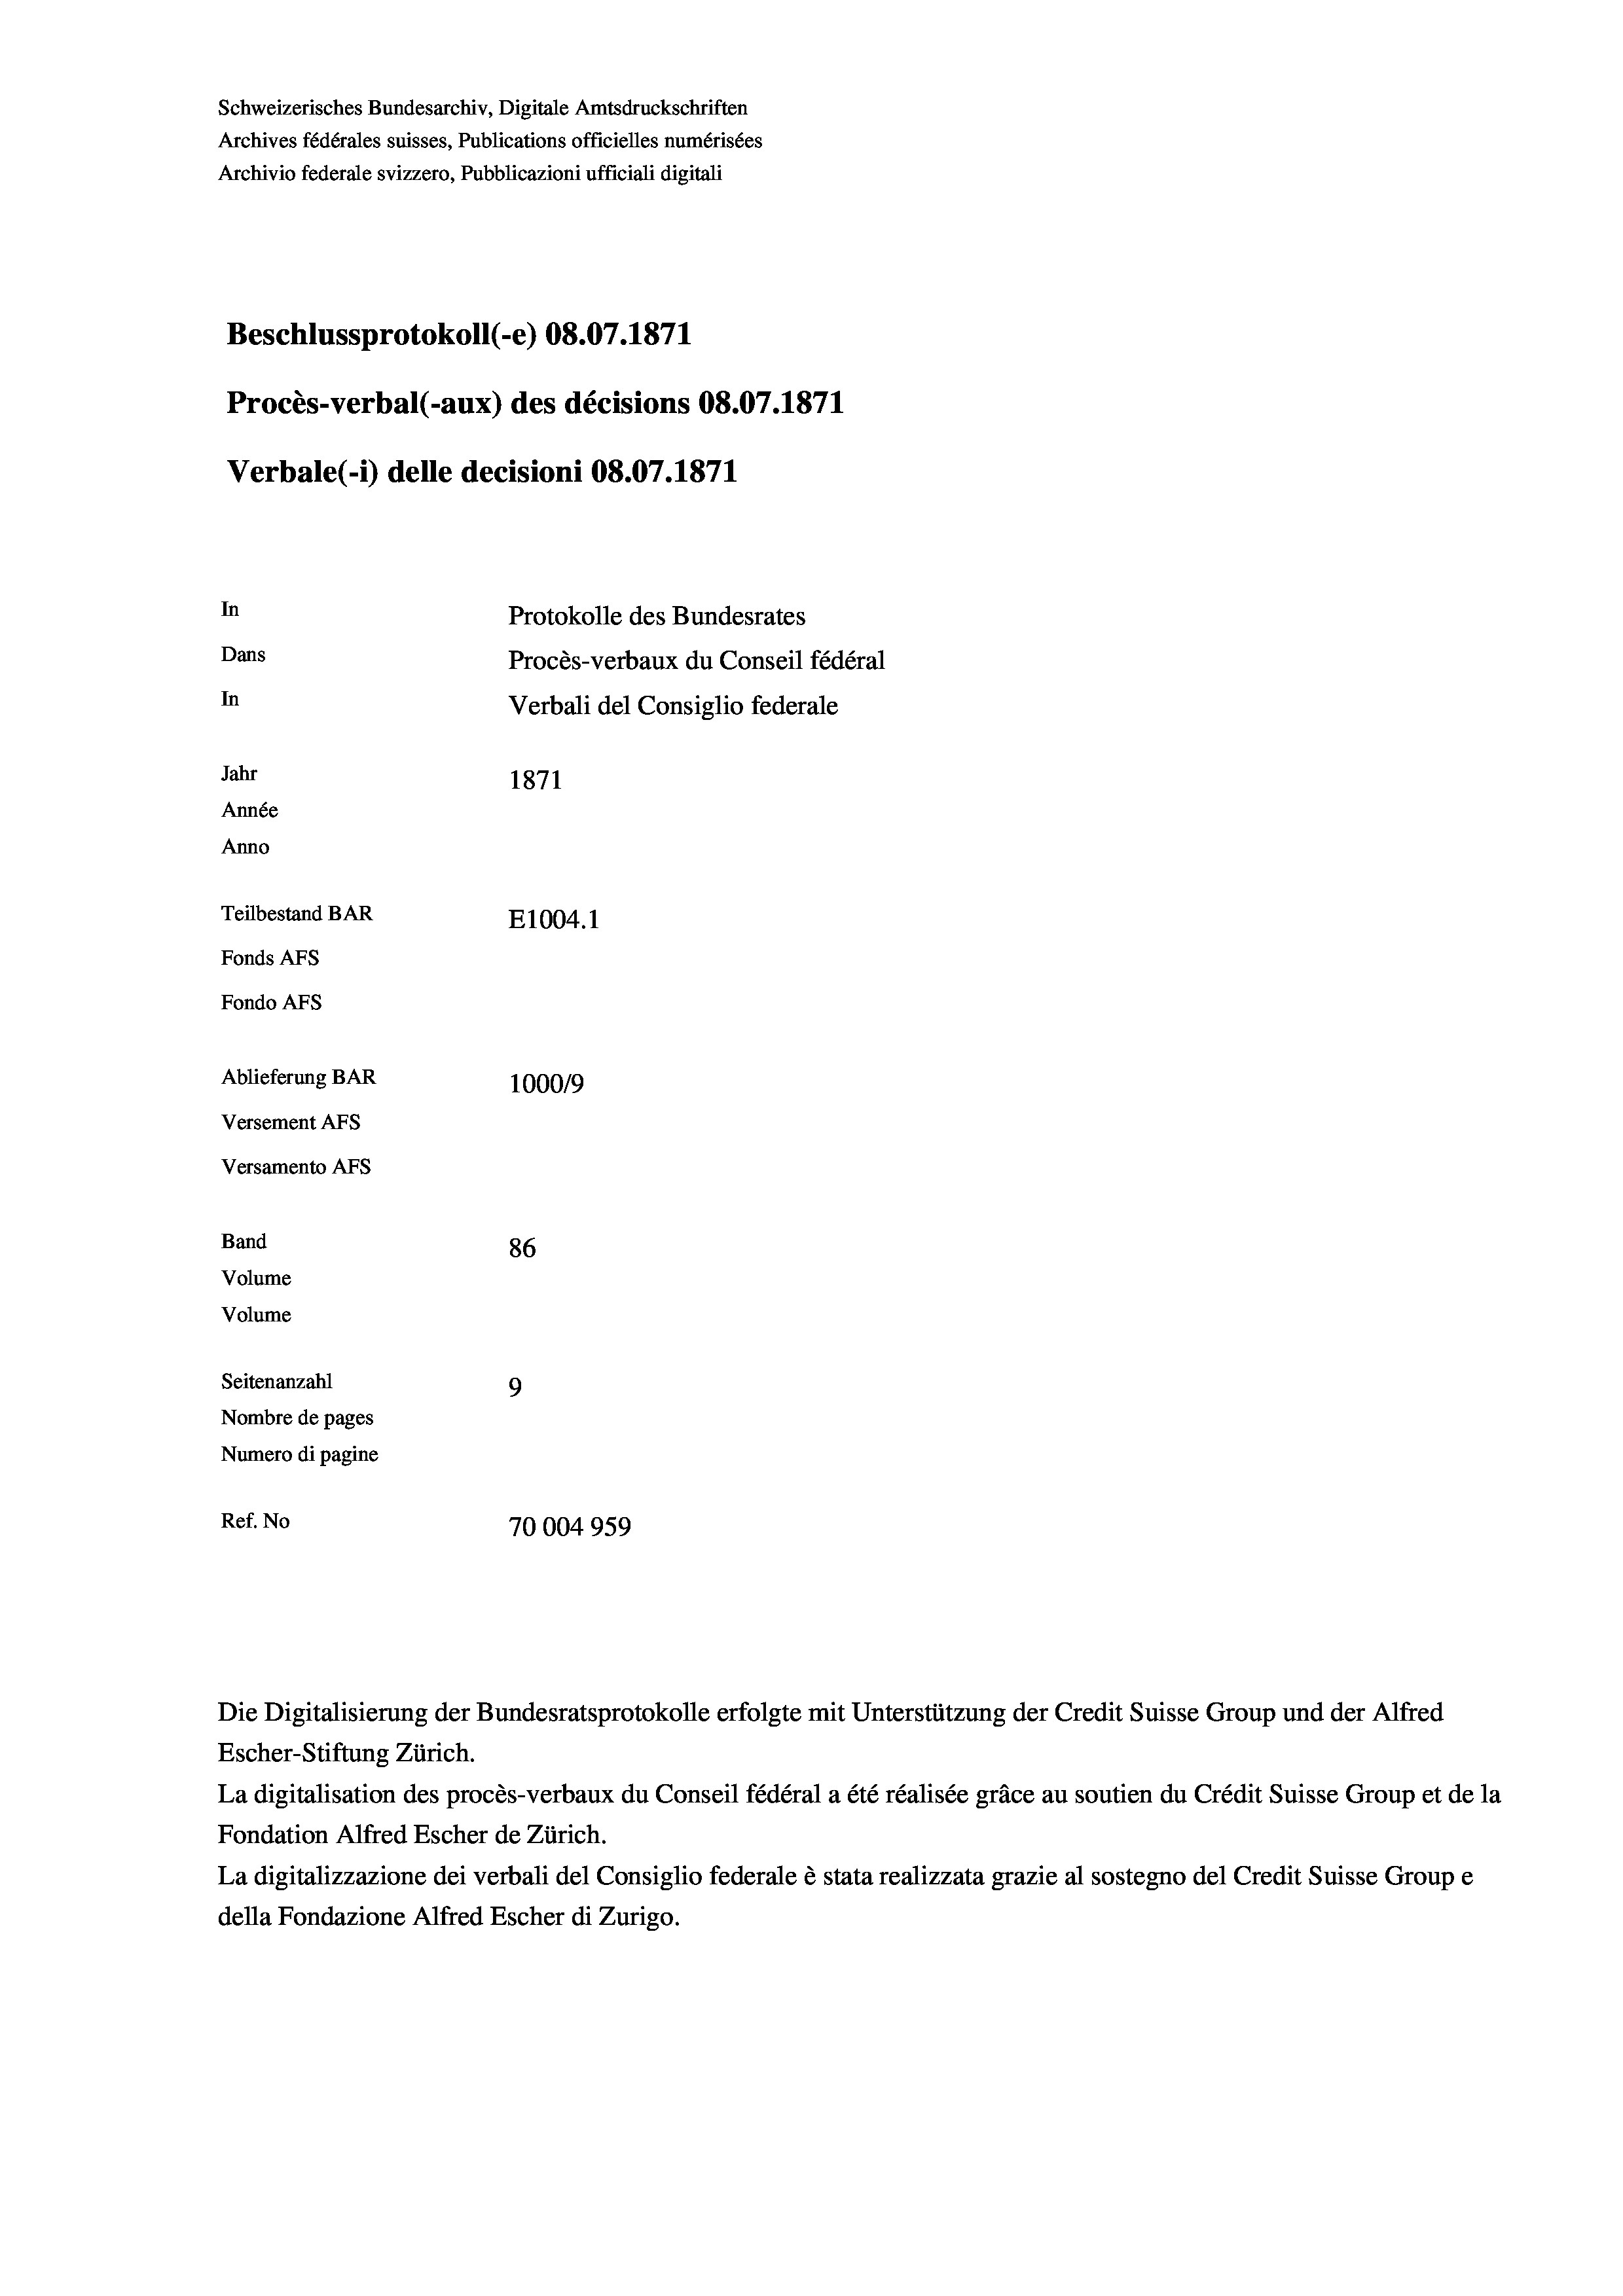
Schweizerisches Bundesarchiv, Digitale Amtsdruckschriften
Archives fédérales suisses, Publications officielles numérisées
Archivio federale svizzero, Pubblicazioni ufficiali digitali
Beschlussprotokoll (-e) 08.07. 1871
Procès-verbal (-aux) des décisions 08.07.1871
Verbale(-*) delle decisioni 08.07.1871
In
Protokolle des Bundesrates
Dans
Procès-verbaux du Conseil fédéral
In
Verbali del Consiglio federale
Jahr
1871
Année
Anno
Teilbestand BAR
E1004. 1
Fonds AFs
Fondo AFs
Ablieferung BAR
100019
Versement AFS
Versamento Afs

86
Seitenanzahl
9
Nombre de pages
Numero di pagine
Ref. No
70004959

Band
Volume

Volume

Die Digitalisierung der Bundesratsprotokolle erfolgte mit Unterstützung der Credit Suisse Group und der Alfred
Escher-Stiftung Zürich.
La digitalisation des procès-verbaux du Conseil fédéral a été réalisée gräce au soutien du Crédit Suisse Group et de la
Fondation Alfred Escher de Zürich.
La digitalizzazione dei verbali del Consiglio federale è stata realizzata grazie al sostegno del Credit Suisse Groupe
della Fondazione Alfred Escher di Zurigo.